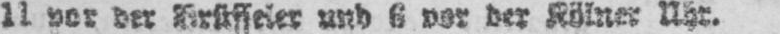
11 vor der Brüsseler und 6 vor der Kölner Uhr.